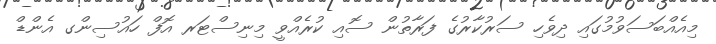
މިއެއްބަސަވުމުގައި ދިވެހި ސަރުކާރުގެ ފަރާތުން ސޮއި ކުރެއްވީ މިނިސްޓަރ އޮފް ހައުސިންގ އެންޑް